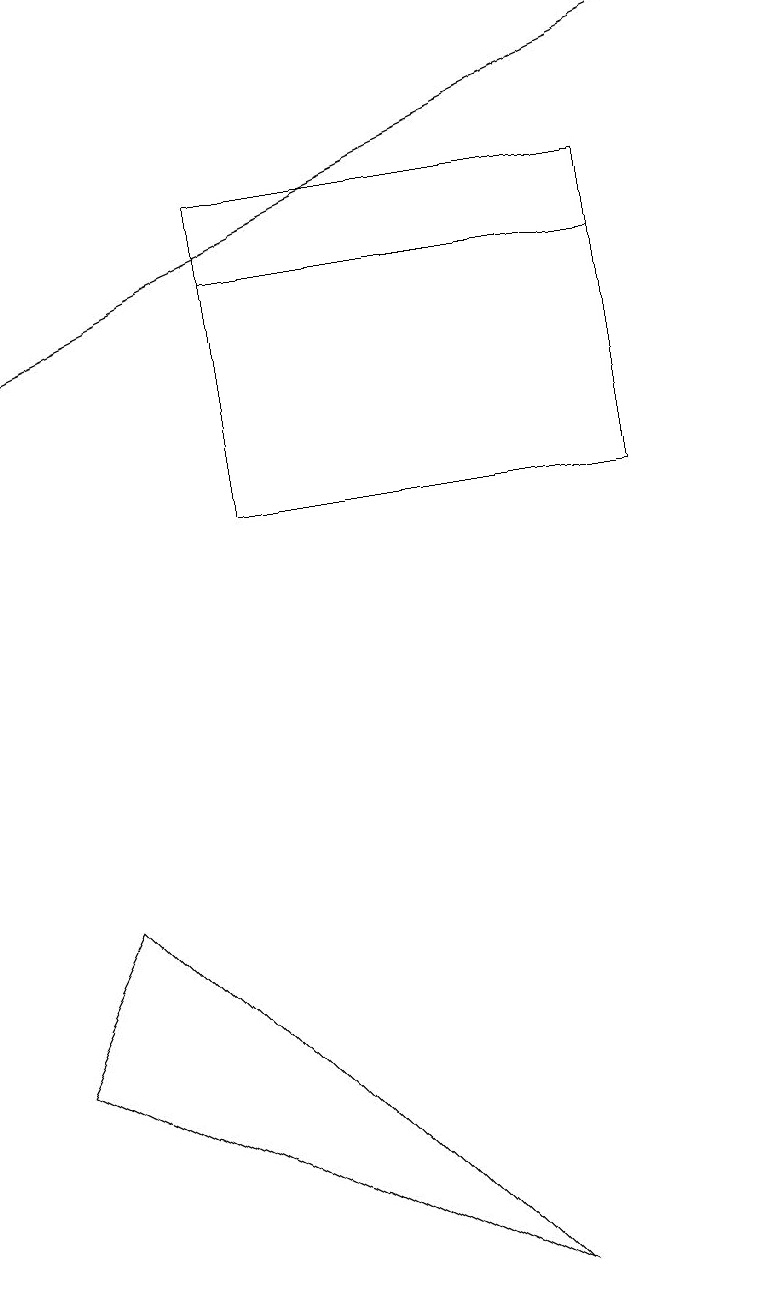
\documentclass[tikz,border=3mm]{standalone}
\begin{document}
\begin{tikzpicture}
\draw (3,13) rectangle (8,10);
\draw (6,14) rectangle (3,14);
\draw (6,0) -- (0,3) -- (1,5) -- cycle;
\draw[->] (0,12) -- (9,16);
\draw (3,10) rectangle (8,14);
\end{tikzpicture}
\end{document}